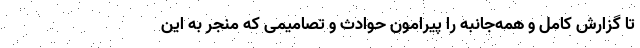
تا گزارش کامل و همه‌جانبه را پیرامون حوادث و تصامیمی که منجر به این